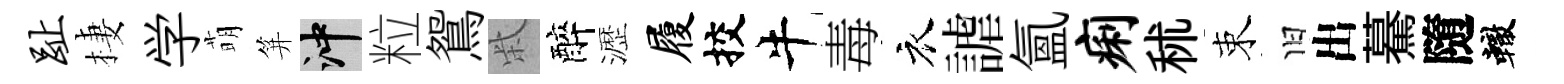
趾棲学萌笄冲粒鴛柴醉瀝履挍牛毒衣謔氲痢秫束旧出驀隨轍